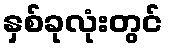
နှစ်ခုလုံးတွင်